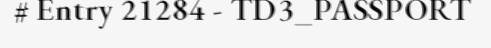
# Entry 21284 - TD3_PASSPORT